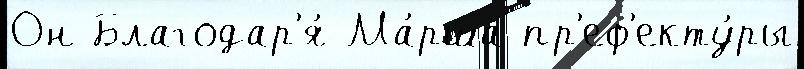
Он Благодар'я́ Ма́рша пр'еф'екту́ры